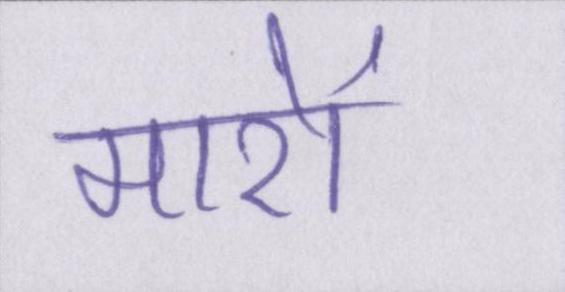
मारों